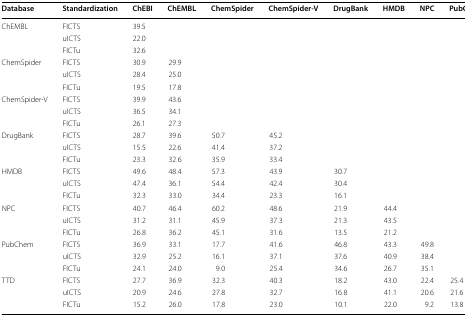
<table><thead><tr><td><b>Database</b></td><td><b>Standardization</b></td><td><b>ChEBI</b></td><td><b>ChEMBL</b></td><td><b>ChemSpider</b></td><td><b>ChemSpider-V</b></td><td><b>DrugBank</b></td><td><b>HMDB</b></td><td><b>NPC</b></td><td><b>PubChem</b></td></tr></thead><tbody><tr><td rowspan="3">ChEMBL</td><td>FICTS</td><td>39.5</td><td></td><td></td><td></td><td></td><td></td><td></td><td></td></tr><tr><td>uICTS</td><td>22.0</td><td></td><td></td><td></td><td></td><td></td><td></td><td></td></tr><tr><td>FICTu</td><td>32.6</td><td></td><td></td><td></td><td></td><td></td><td></td><td></td></tr><tr><td rowspan="3">ChemSpider</td><td>FICTS</td><td>30.9</td><td>29.9</td><td></td><td></td><td></td><td></td><td></td><td></td></tr><tr><td>uICTS</td><td>28.4</td><td>25.0</td><td></td><td></td><td></td><td></td><td></td><td></td></tr><tr><td>FICTu</td><td>19.5</td><td>17.8</td><td></td><td></td><td></td><td></td><td></td><td></td></tr><tr><td rowspan="3">ChemSpider-V</td><td>FICTS</td><td>39.9</td><td>43.6</td><td></td><td></td><td></td><td></td><td></td><td></td></tr><tr><td>uICTS</td><td>36.5</td><td>34.1</td><td></td><td></td><td></td><td></td><td></td><td></td></tr><tr><td>FICTu</td><td>26.1</td><td>27.3</td><td></td><td></td><td></td><td></td><td></td><td></td></tr><tr><td rowspan="3">DrugBank</td><td>FICTS</td><td>28.7</td><td>39.6</td><td>50.7</td><td>45.2</td><td></td><td></td><td></td><td></td></tr><tr><td>uICTS</td><td>15.5</td><td>22.6</td><td>41.4</td><td>37.2</td><td></td><td></td><td></td><td></td></tr><tr><td>FICTu</td><td>23.3</td><td>32.6</td><td>35.9</td><td>33.4</td><td></td><td></td><td></td><td></td></tr><tr><td rowspan="3">HMDB</td><td>FICTS</td><td>49.6</td><td>48.4</td><td>57.3</td><td>43.9</td><td>30.7</td><td></td><td></td><td></td></tr><tr><td>uICTS</td><td>47.4</td><td>36.1</td><td>54.4</td><td>42.4</td><td>30.4</td><td></td><td></td><td></td></tr><tr><td>FICTu</td><td>32.3</td><td>33.0</td><td>34.4</td><td>23.3</td><td>16.1</td><td></td><td></td><td></td></tr><tr><td rowspan="3">NPC</td><td>FICTS</td><td>40.7</td><td>46.4</td><td>60.2</td><td>48.6</td><td>21.9</td><td>44.4</td><td></td><td></td></tr><tr><td>uICTS</td><td>31.2</td><td>31.1</td><td>45.9</td><td>37.3</td><td>21.3</td><td>43.5</td><td></td><td></td></tr><tr><td>FICTu</td><td>26.8</td><td>36.2</td><td>45.1</td><td>31.6</td><td>13.5</td><td>21.2</td><td></td><td></td></tr><tr><td rowspan="3">PubChem</td><td>FICTS</td><td>36.9</td><td>33.1</td><td>17.7</td><td>41.6</td><td>46.8</td><td>43.3</td><td>49.8</td><td></td></tr><tr><td>uICTS</td><td>32.9</td><td>25.2</td><td>16.1</td><td>37.1</td><td>37.6</td><td>40.9</td><td>38.4</td><td></td></tr><tr><td>FICTu</td><td>24.1</td><td>24.0</td><td>9.0</td><td>25.4</td><td>34.6</td><td>26.7</td><td>35.1</td><td></td></tr><tr><td rowspan="3">TTD</td><td>FICTS</td><td>27.7</td><td>36.9</td><td>32.3</td><td>40.3</td><td>18.2</td><td>43.0</td><td>22.4</td><td>25.4</td></tr><tr><td>uICTS</td><td>20.9</td><td>24.6</td><td>27.8</td><td>32.7</td><td>16.8</td><td>41.1</td><td>20.6</td><td>21.6</td></tr><tr><td>FICTu</td><td>15.2</td><td>26.0</td><td>17.8</td><td>23.0</td><td>10.1</td><td>22.0</td><td>9.2</td><td>13.8</td></tr></tbody></table>